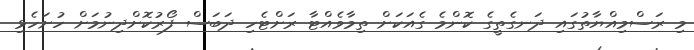
މި ރަސްމިއްޔާތުގައި ދަނގެތީގެ ކޮންމެ ގެއަކަށް ތިމާވެއްޓާ ރަށްޓެހި ދަބަސް ފޯރުކޮށްދިނުމަށް ހުށަހެޅި